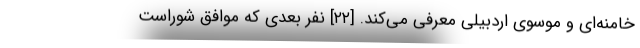
خامنه‌ای و موسوی اردبیلی معرفی می‌کند. [۲۲] نفر بعدی که موافق شوراست